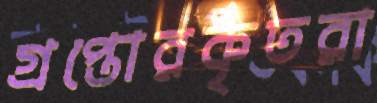
গ্রপ্তোরকৃতরা